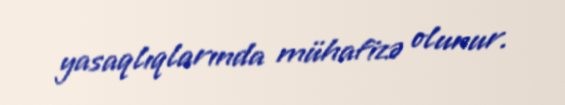
yasaqlıqlarında mühafizə olunur.